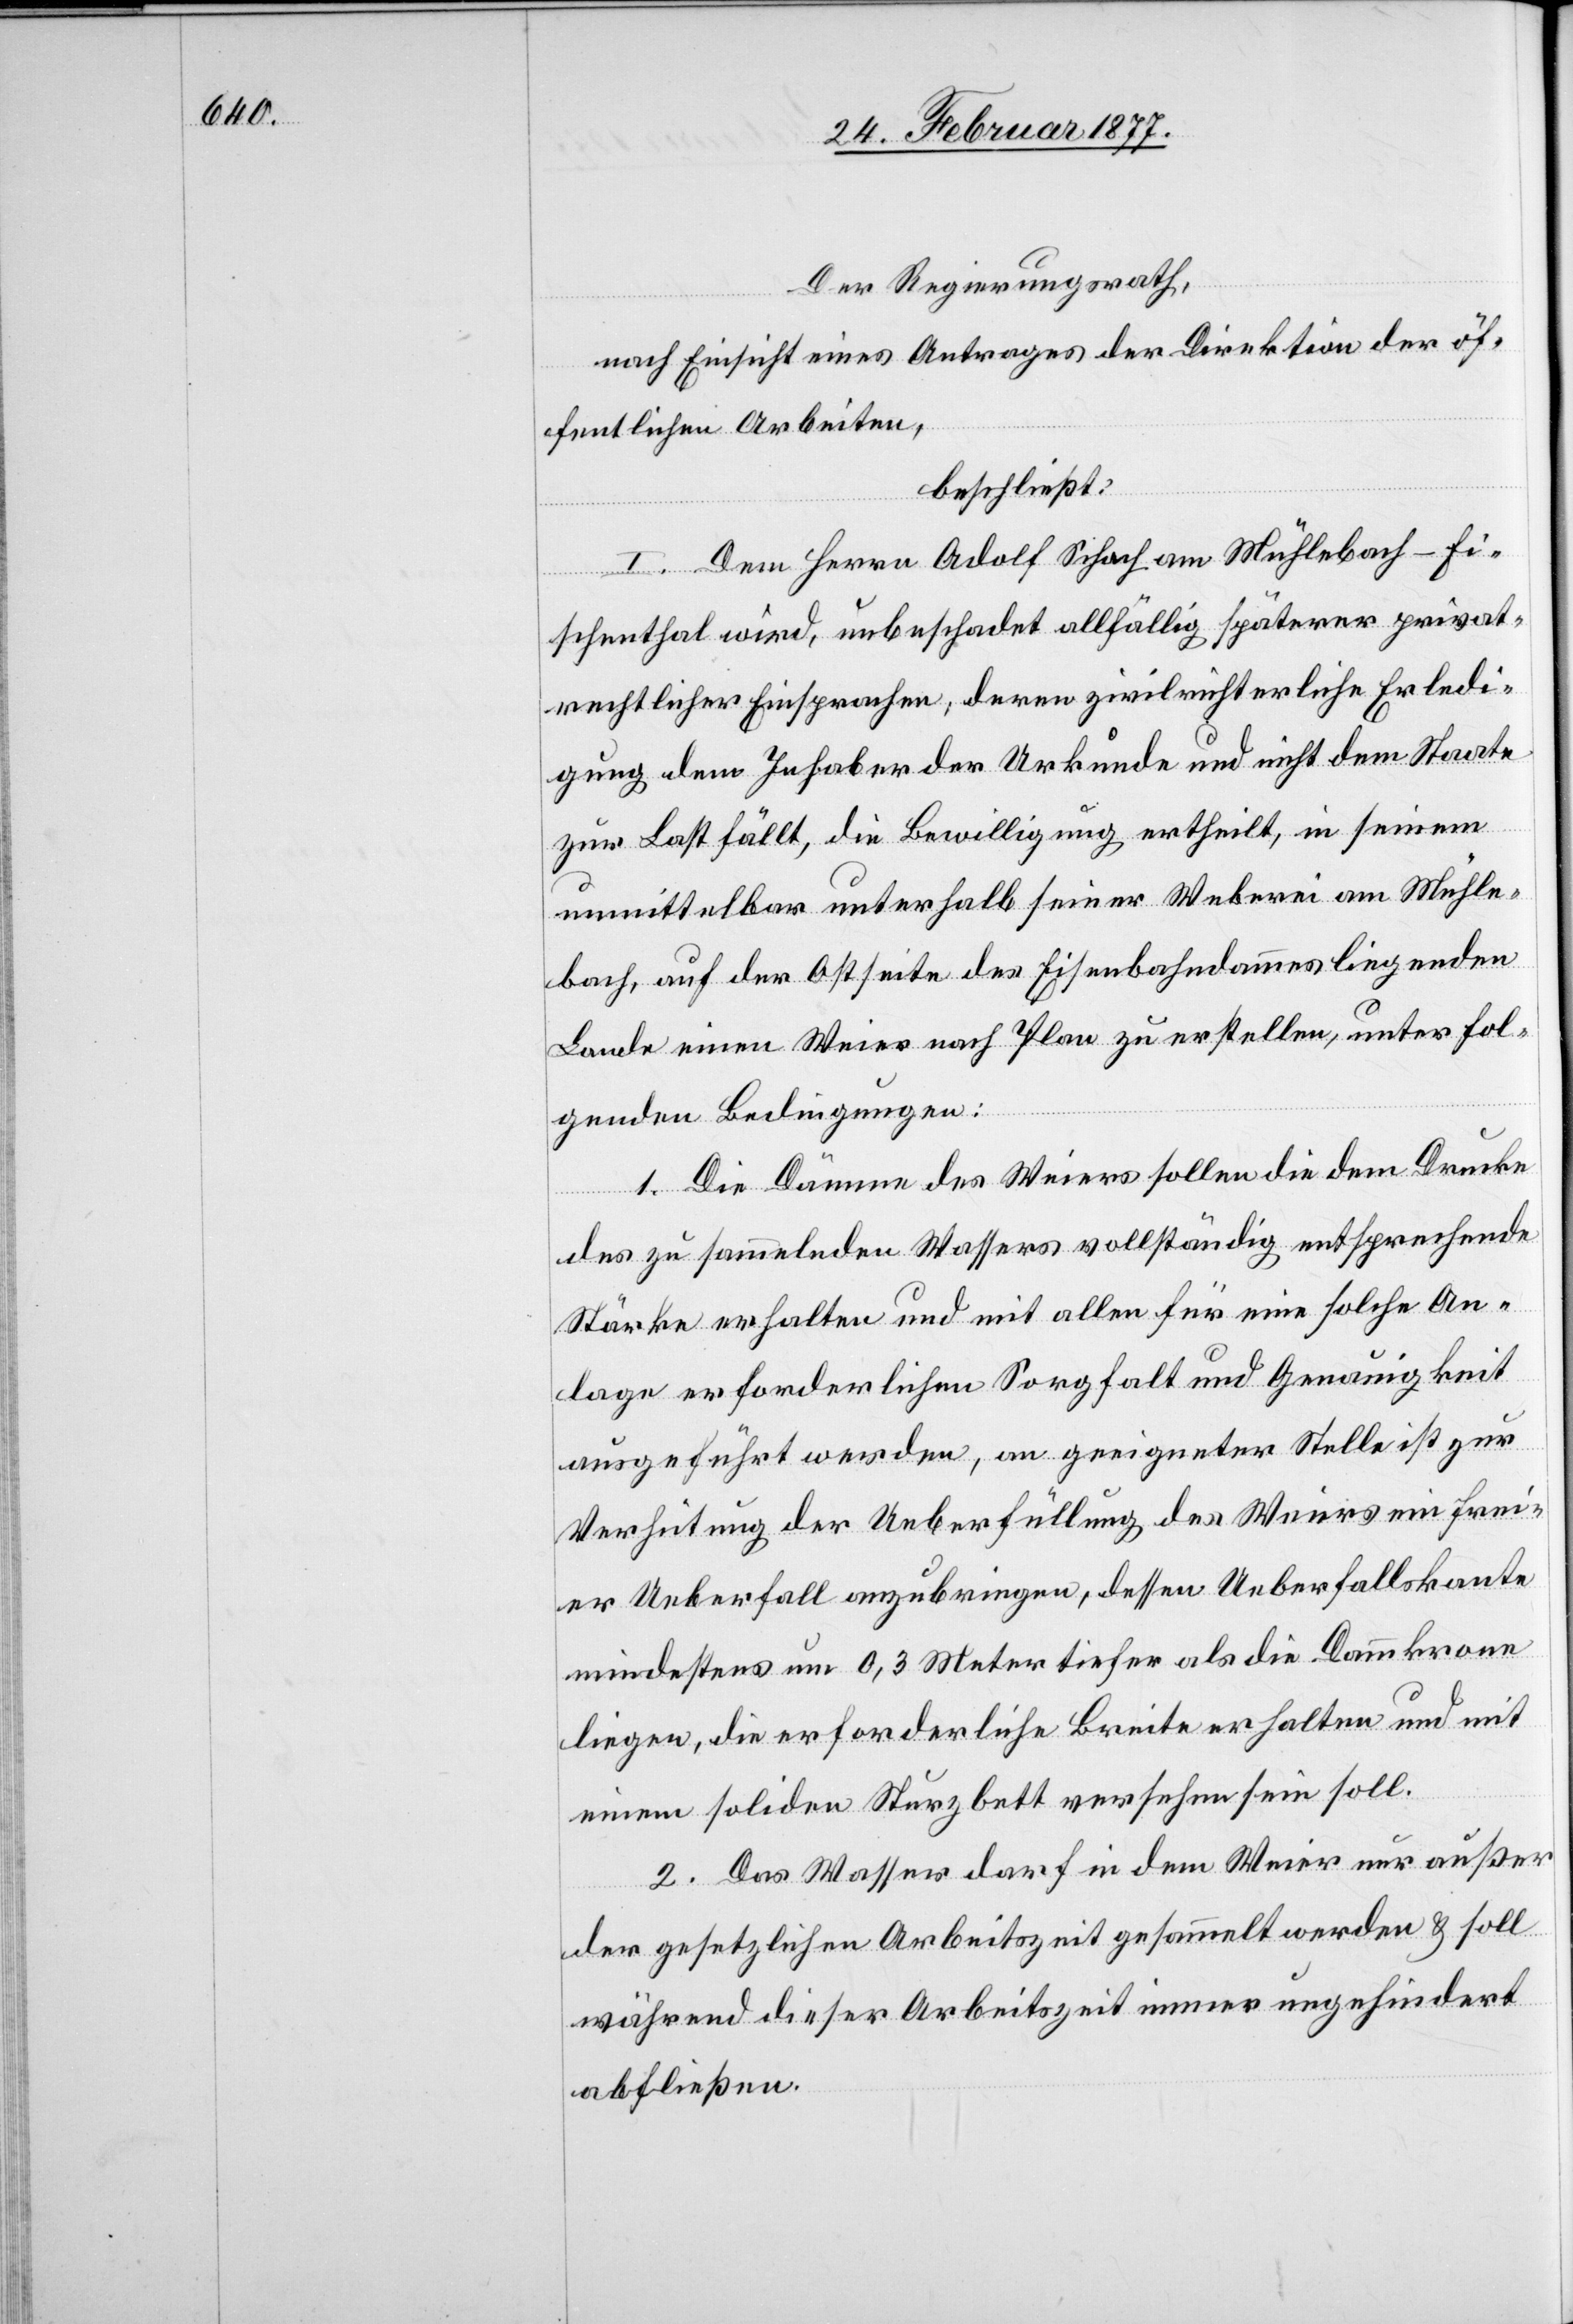
Der Regierungsrath,
nach Einsicht eines Antrages der Direktion der öf¬
fentlichen Arbeiten,
beschließt:
I. Dem Herrn Adolf Schoch am Mühlebach - Fi¬
schenthal wird, unbeschadet allfällig späterer privat¬
rechtlicher Einsprachen, deren zivilrichterliche Erledi¬
gung dem Inhaber der Urkunde und nicht dem Staate
zur Last fällt, die Bewilligung ertheilt, in seinem
unmittelbar unterhalb seiner Weberei am Mühle¬
bach, auf der Ostseite des Eisenbahndammes liegenden
Lande einen Weier nach Plan zu erstellen, unter fol¬
genden Bedingungen:
1. Die Dämme des Weiers sollen die dem Drucke
des zu sammelnden Wassers vollständig entsprechende
Stärke erhalten und mit allen [sic!] für eine solche An¬
lage erforderlichen Sorgfalt und Genauigkeit
ausgeführt werden, an geeigneter Stelle ist zur
Verhütung der Ueberfüllung des Weiers ein frei¬
er Ueberfall anzubringen, dessen Ueberfallskante
mindestens um 0,3 Meter tiefer als die Dammkrone
liegen, die erforderliche Breite erhalten und mit
einem soliden Sturzbett versehen sein soll.
2. Das Wasser darf in dem Weier nur außer
der gesetzlichen Arbeitszeit gesammelt werden & soll
während dieser Arbeitszeit immer ungehindert
abfließen.